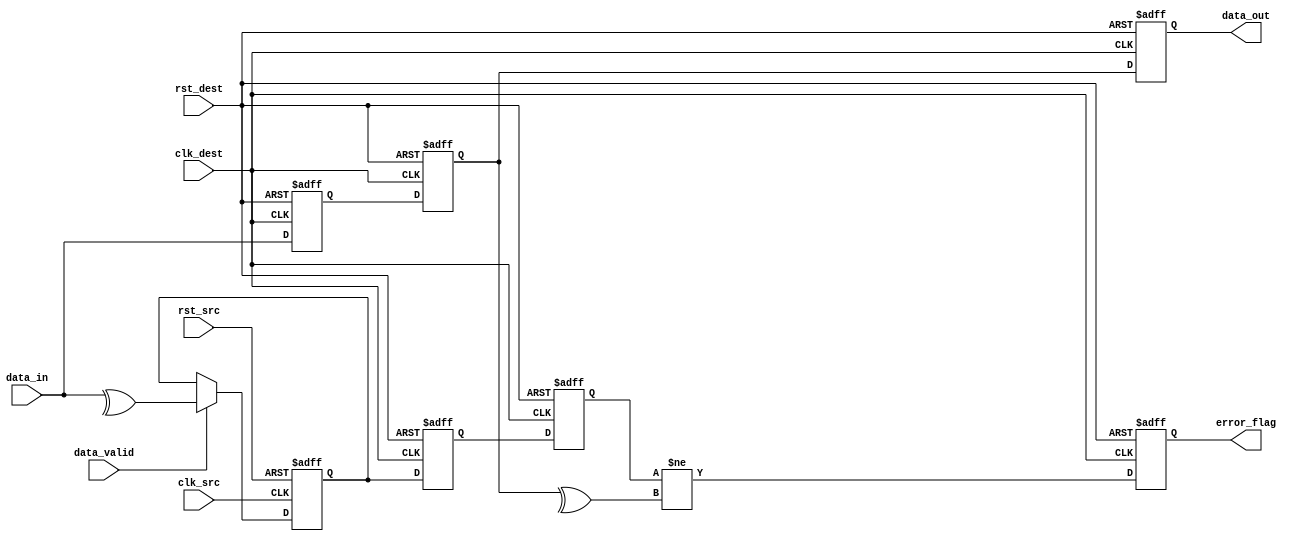
module cdc_memory_blocks (
    input wire clk_src,          // Source clock
    input wire clk_dest,         // Destination clock
    input wire rst_src,          // Asynchronous reset for source clock domain
    input wire rst_dest,         // Asynchronous reset for destination clock domain
    input wire [7:0] data_in,    // Data input from source clock domain
    input wire data_valid,        // Valid signal for data input
    output reg [7:0] data_out,    // Data output to destination clock domain
    output reg error_flag         // Error flag for parity check
);

    // Internal signals
    reg [7:0] data_sync_1, data_sync_2; // Synchronization registers
    reg parity_bit;                     // Parity bit in source domain
    reg parity_sync_1, parity_sync_2;   // Synchronization for parity bit

    // Parity generation in source clock domain
    always @(posedge clk_src or posedge rst_src) begin
        if (rst_src) begin
            parity_bit <= 1'b0;
        end else if (data_valid) begin
            parity_bit <= ^data_in; // Even parity
        end
    end

    // Dual flip-flop synchronizer for data and parity bit
    always @(posedge clk_dest or posedge rst_dest) begin
        if (rst_dest) begin
            data_sync_1 <= 8'b0;
            data_sync_2 <= 8'b0;
            parity_sync_1 <= 1'b0;
            parity_sync_2 <= 1'b0;
            data_out <= 8'b0;
            error_flag <= 1'b0;
        end else begin
            // Synchronize data
            data_sync_1 <= data_in;
            data_sync_2 <= data_sync_1;

            // Synchronize parity bit
            parity_sync_1 <= parity_bit;
            parity_sync_2 <= parity_sync_1;

            // Check for errors
            data_out <= data_sync_2;
            error_flag <= (parity_sync_2 != ^data_sync_2); // Compare received parity with calculated parity
        end
    end

endmodule